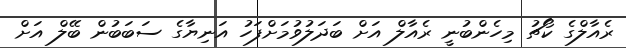
ރެއާލްގެ ކޯޗު މިހެންބުނީ ރެއާލް އަށް ބަދަލުވުމަށްފަހު އަނިޔާގެ ސަބަބުން ބޭލް އަށް